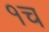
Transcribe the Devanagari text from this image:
१च